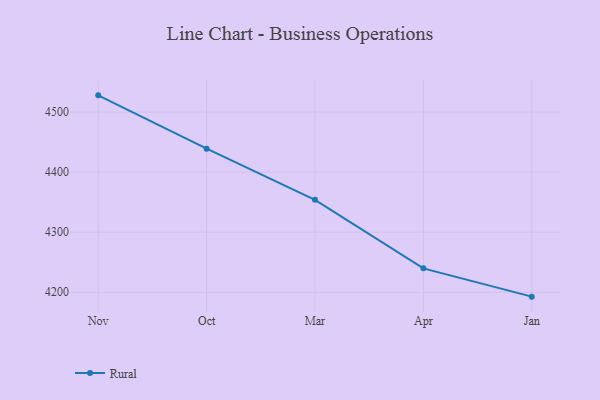
{"axis": {"x": "Month", "y": "Customer Acquisition Cost (USD)"}, "legend": ["Rural"], "data": [{"x": "Nov", "y": 4527.9, "type": "Rural"}, {"x": "Oct", "y": 4439.0, "type": "Rural"}, {"x": "Mar", "y": 4353.8, "type": "Rural"}, {"x": "Apr", "y": 4239.7, "type": "Rural"}, {"x": "Jan", "y": 4192.6, "type": "Rural"}]}